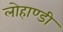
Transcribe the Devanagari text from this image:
लोहाण्डी